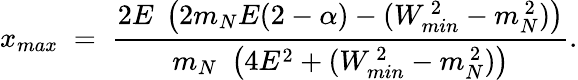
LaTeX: x_{max}\; =\; {\frac{2E\; \left({2m_{N}E(2-\alpha)-(W_{min}^{\, 2}-m_{N}^{\, 2})}\right)}{m_{N}\, \, \left({4E^{2}+(W_{min}^{\, 2}-m_{N}^{\, 2})}\right)}}.